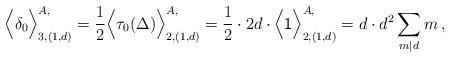
LaTeX: \begin{align*}\Big\langle \delta_0 \Big\rangle_{3,(1,d)}^{A, } = \frac{1}{2} \Big\langle \tau_0( \Delta ) \Big\rangle_{2, (1,d)}^{A, }= \frac{1}{2} \cdot 2d \cdot \Big\langle \mathsf{1} \Big\rangle_{2, (1,d)}^{A, }= d \cdot d^2 \sum_{m|d} m \,,\end{align*}